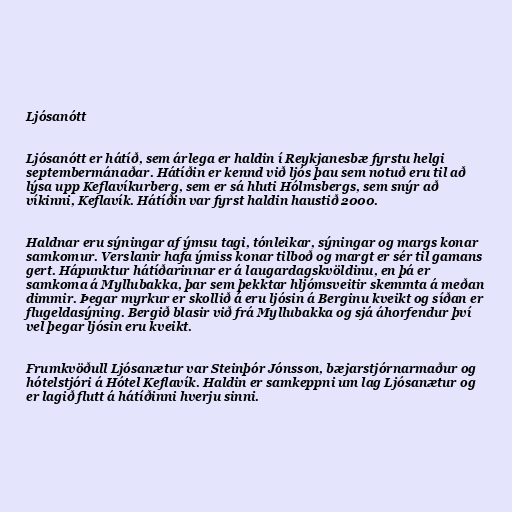
Ljósanótt

Ljósanótt er hátíð, sem árlega er haldin í Reykjanesbæ fyrstu helgi
septembermánaðar. Hátíðin er kennd við ljós þau sem notuð eru til að
lýsa upp Keflavíkurberg, sem er sá hluti Hólmsbergs, sem snýr að
víkinni, Keflavík. Hátíðin var fyrst haldin haustið 2000.

Haldnar eru sýningar af ýmsu tagi, tónleikar, sýningar og margs konar
samkomur. Verslanir hafa ýmiss konar tilboð og margt er sér til gamans
gert. Hápunktur hátíðarinnar er á laugardagskvöldinu, en þá er
samkoma á Myllubakka, þar sem þekktar hljómsveitir skemmta á meðan
dimmir. Þegar myrkur er skollið á eru ljósin á Berginu kveikt og síðan er
flugeldasýning. Bergið blasir við frá Myllubakka og sjá áhorfendur því
vel þegar ljósin eru kveikt.

Frumkvöðull Ljósanætur var Steinþór Jónsson, bæjarstjórnarmaður og
hótelstjóri á Hótel Keflavík. Haldin er samkeppni um lag Ljósanætur og
er lagið flutt á hátíðinni hverju sinni.